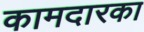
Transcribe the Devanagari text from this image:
कामदारका